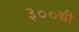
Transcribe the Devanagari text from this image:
३००ची